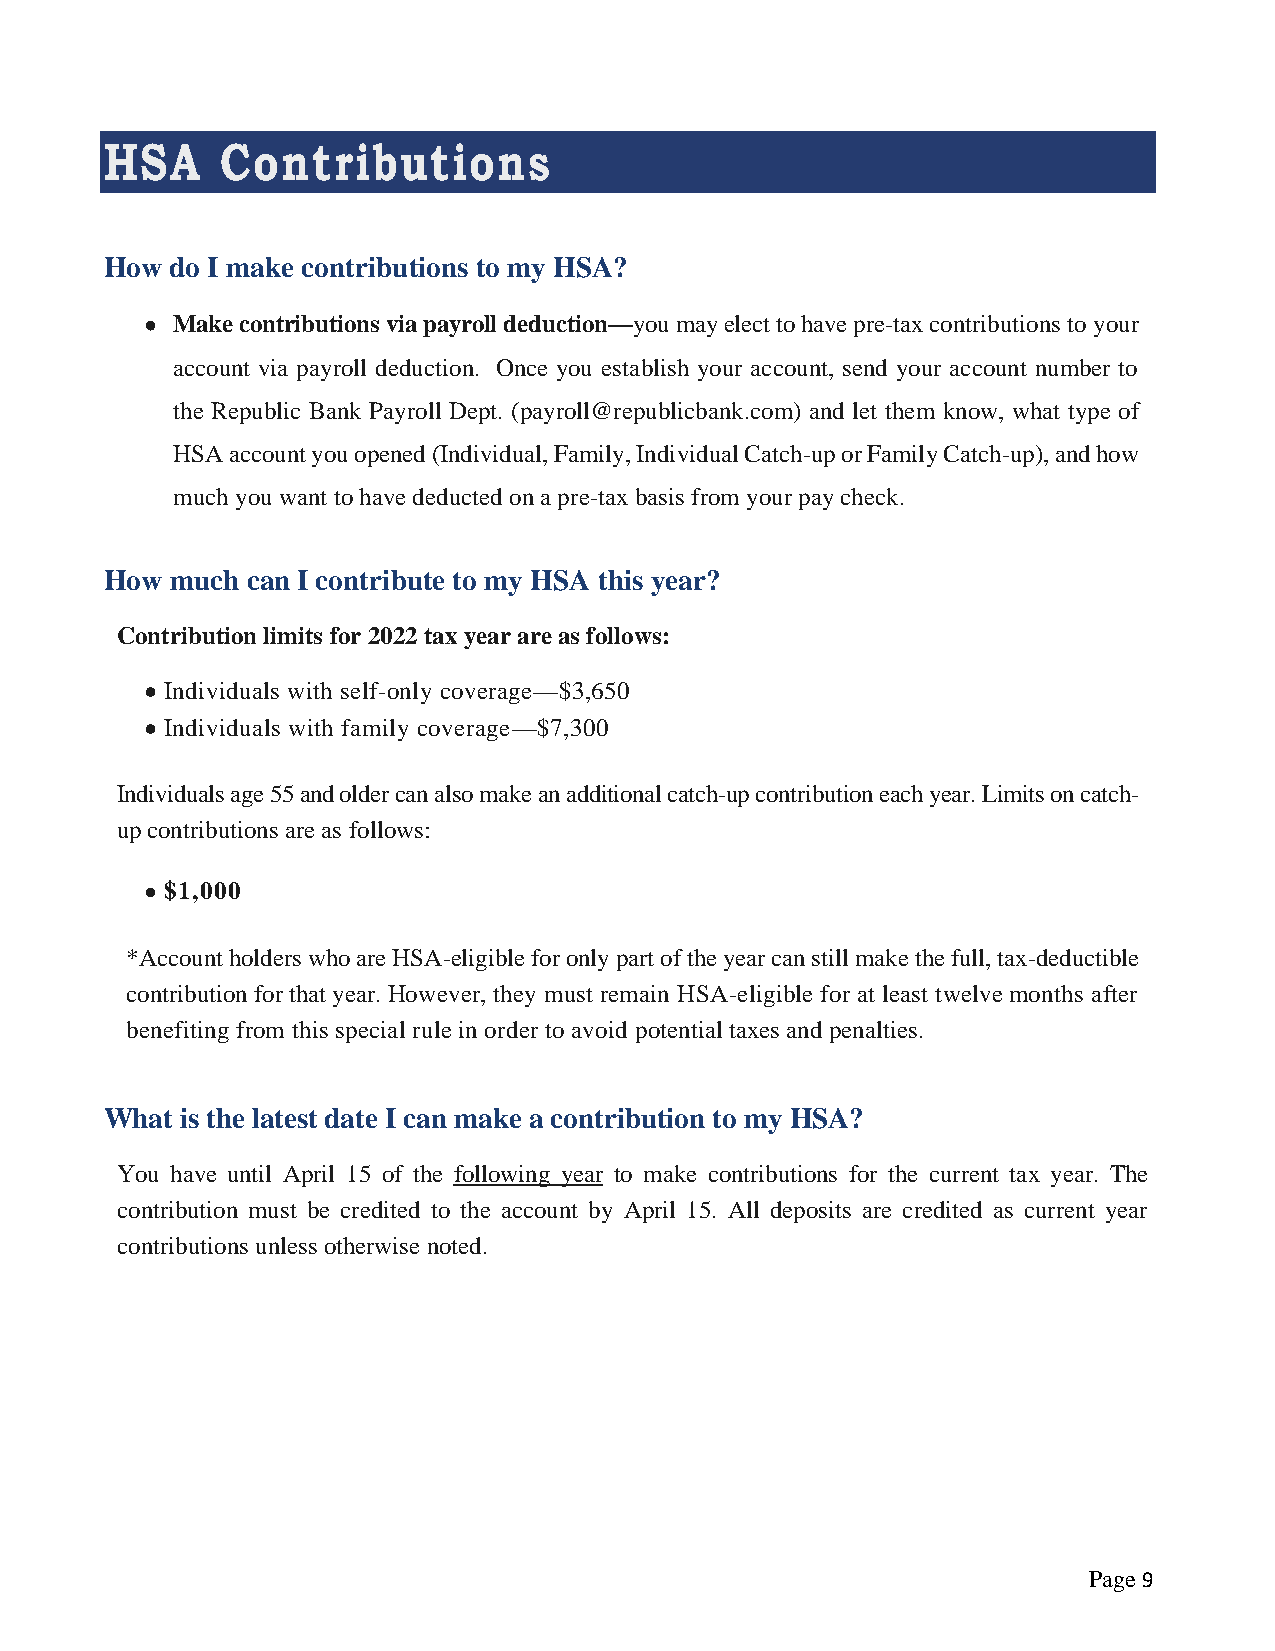
HSA     Contributions
 How do I make contributions to my HSA?
 • Make contributions via payroll deduction—you may elect to have pre-tax contributions to your
 account via payroll deduction. Once you establish your account, send your account number to
 the Republic Bank Payroll Dept. (payroll@republicbank.com) and let them know, what type of
 HSA account you opened (Individual, Family, Individual Catch-up or Family Catch-up), and how
 much you want to have deducted on a pre-tax basis from your pay check.
 How much can I contribute to my HSA this year?
 Contribution limits for 2022 tax year are as follows:
 • Individuals with self-only coverage—$3,650
 • Individuals with family coverage—$7,300
 Individuals age 55 and older can also make an additional catch-up contribution each year. Limits on catch-
 up contributions are as follows:
 • $1,000
 *Account holders who are HSA-eligible for only part of the year can still make the full, tax-deductible
 contribution for that year. However, they must remain HSA-eligible for at least twelve months after
 benefiting from this special rule in order to avoid potential taxes and penalties.
 What is the latest date I can make a contribution to my HSA?
 You have until April 15 of the following year to make contributions for the current tax year. The
 contribution must be credited to the account by April 15. All deposits are credited as current year
 contributions unless otherwise noted.
 Page 9